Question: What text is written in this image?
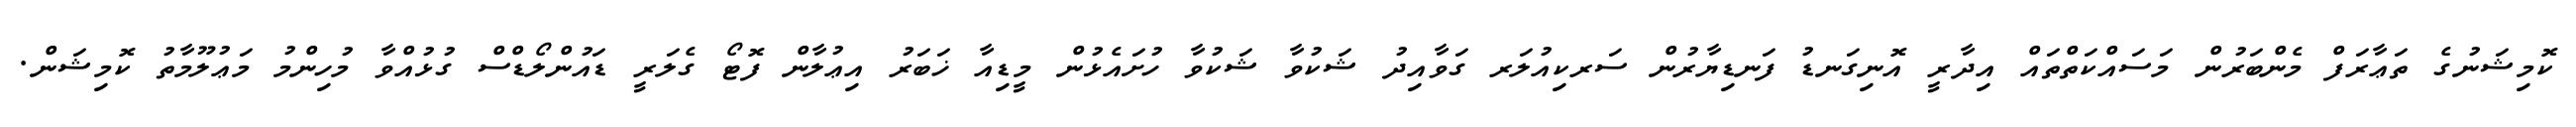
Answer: ކޮމިޝަނުގެ ތަޢާރަފް މެންބަރުން މަސައްކަތްތައް އިދާރީ އޮނިގަނޑު ފަނޑިޔާރުން ސަރކިއުލަރ ގަވާއިދު ޝަކުވާ ޝަކުވާ ހުށައެޅުން މީޑިއާ ޚަބަރު އިޢުލާން ފޮޓޯ ގެލަރީ ޑައުންލޯޑްސް ގުޅުއްވާ މުހިންމު މަޢުލޫމާތު ކޮމިޝަން.